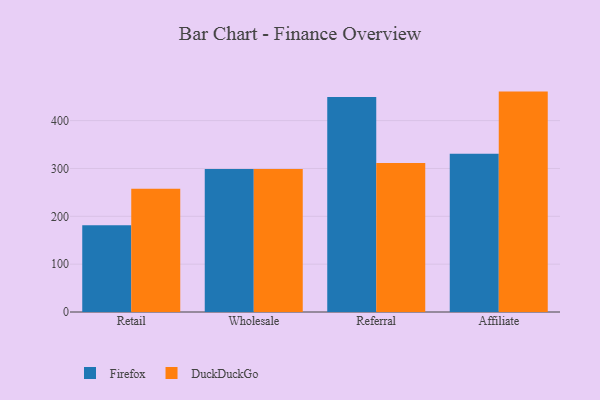
{"axis": {"x": "Channel", "y": "LTV (USD)"}, "legend": ["DuckDuckGo", "Firefox"], "data": [{"x": "Retail", "y": 181.1, "type": "Firefox"}, {"x": "Retail", "y": 257.5, "type": "DuckDuckGo"}, {"x": "Wholesale", "y": 298.7, "type": "Firefox"}, {"x": "Wholesale", "y": 299.1, "type": "DuckDuckGo"}, {"x": "Referral", "y": 449.2, "type": "Firefox"}, {"x": "Referral", "y": 311.3, "type": "DuckDuckGo"}, {"x": "Affiliate", "y": 330.8, "type": "Firefox"}, {"x": "Affiliate", "y": 460.7, "type": "DuckDuckGo"}]}